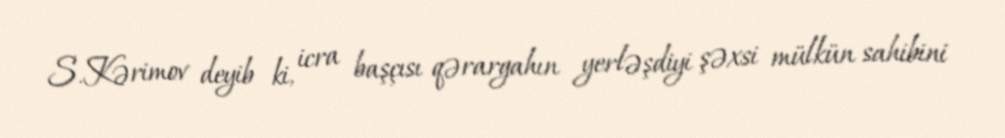
S.Kərimov deyib ki, icra başçısı qərargahın yerləşdiyi şəxsi mülkün sahibini